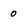
Character: 0